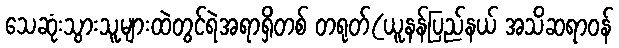
သေဆုံးသွားသူများထဲတွင်ရဲအရာရှိတစ် တရုတ်(ယူနန်ပြည်နယ် အသိဆရာဝန်